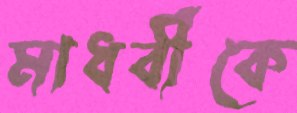
মাধবীকে